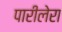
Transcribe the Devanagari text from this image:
पारीलेरा